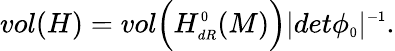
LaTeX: vol(H)=vol\Bigl(H_{\scriptscriptstyle dR}^{\scriptscriptstyle 0}(M)\Bigr)\vert det\phi_{\scriptscriptstyle 0}\vert^{\scriptscriptstyle-1}.